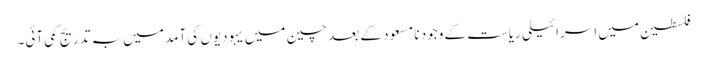
فلسطین میں اسرائیلی ریاست کے وجود نا مسعود کے بعد چین میں یہودیوں کی آمد میں بہ تدریج کمی آئی۔